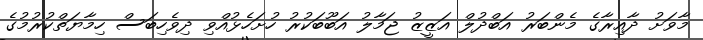
މާވަށު ދާއިރާގެ މެންބަރު އަބްދުލް އަޒީޒު ޖަމާލު އަބޫބަކުރު ހުށަހެޅުއްވި ދިވެހިބަސް ހިމާޔަތްކުރުމުގެ